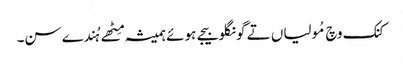
کنک وچ مُولیاں تے گونگلو بیجے ہوئے ہمیشہ مِٹھے ہُندے سن۔